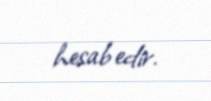
hesab edir.